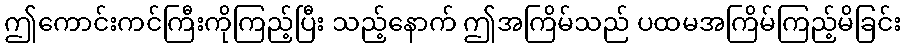
ဤကောင်းကင်ကြီးကိုကြည့်ပြီး သည့်နောက် ဤအကြိမ်သည် ပထမအကြိမ်ကြည့်မိခြင်း